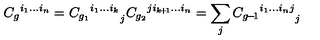
{ C _ { g } } ^ { i _ { 1 } . . . i _ { n } } = { { C _ { g _ { 1 } } } ^ { i _ { 1 } . . . i _ { k } } } _ { j } { C _ { g _ { 2 } } } ^ { j i _ { k \! + \! 1 } . . . i _ { n } } = \sum _ { j } { { C _ { g \! - \! 1 } } ^ { i _ { 1 } . . . i _ { n } j } } _ { j }